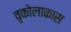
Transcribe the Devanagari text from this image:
वृकोलाकास